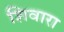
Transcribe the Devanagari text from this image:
शिवारा